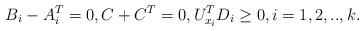
LaTeX: \begin{align*}B_i-A_i^T=0, C+C^T = 0, U_{x_i} ^T D_i \geq 0, i=1,2,..,k.\end{align*}